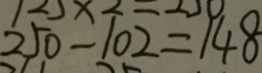
2 5 0 - 1 0 2 = 1 4 8